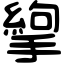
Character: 𢳉